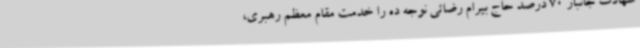
شهادت جانباز 70 درصد حاج بیرام رضائی نوجه ده را خدمت مقام معظم رهبری،